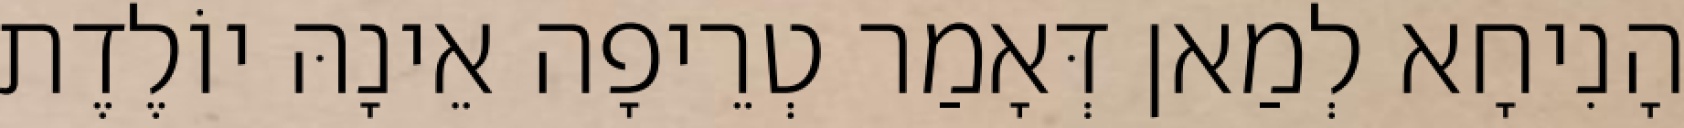
הָנִיחָא לְמַאן דְּאָמַר טְרֵיפָה אֵינָהּ יוֹלֶדֶת